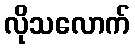
လိုသလောက်